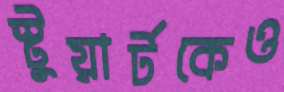
স্টুয়ার্টকেও